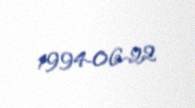
1994-06-22